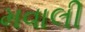
મવાલી